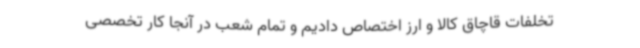
تخلفات قاچاق کالا و ارز اختصاص دادیم و تمام شعب در آنجا کار تخصصی